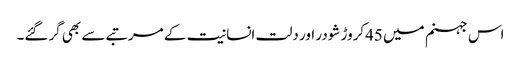
اس جہنم میں 45کروڑ شودر اور دلت انسانیت کے مرتبے سے بھی گرگئے۔